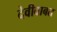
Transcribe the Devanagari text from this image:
देवीबाबत